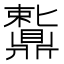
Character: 𬹩